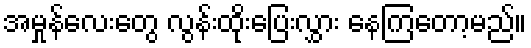
အမှုန်လေးတွေ လွန်းထိုးပြေးလွှား နေကြတော့မည်။